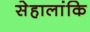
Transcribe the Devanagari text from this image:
सेहालांकि